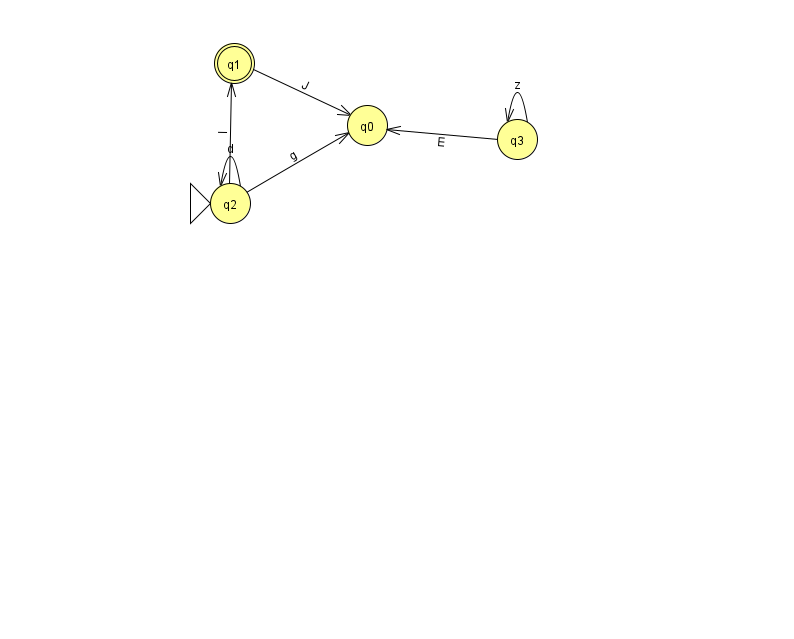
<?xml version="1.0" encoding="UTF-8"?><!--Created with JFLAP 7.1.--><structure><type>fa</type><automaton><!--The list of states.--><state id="0" name="q0"><x>367.0</x><y>112.0</y></state><state id="1" name="q1"><x>234.0</x><y>50.0</y><final/></state><state id="2" name="q2"><x>230.0</x><y>190.0</y><initial/></state><state id="3" name="q3"><x>517.0</x><y>126.0</y></state><!--The list of transitions.--><transition><from>2</from><to>1</to><read>I</read></transition><transition><from>2</from><to>0</to><read>g</read></transition><transition><from>3</from><to>0</to><read>E</read></transition><transition><from>2</from><to>2</to><read>d</read></transition><transition><from>1</from><to>0</to><read>J</read></transition><transition><from>3</from><to>3</to><read>z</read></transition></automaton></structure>